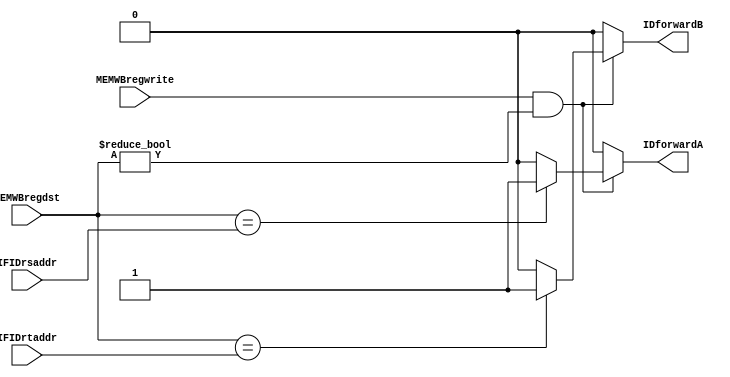
module IDForwarding
(
	IFIDrsaddr,
	IFIDrtaddr,
	MEMWBregwrite,
	MEMWBregdst,
	IDforwardA,
	IDforwardB
);

input [4:0] IFIDrsaddr, IFIDrtaddr, MEMWBregdst;
input MEMWBregwrite;

output reg IDforwardA, IDforwardB;

always@(*) begin
	IDforwardA = 0;
	IDforwardB = 0;
	if (MEMWBregwrite && (MEMWBregdst != 5'b0)) begin
		if (MEMWBregdst == IFIDrsaddr) begin
			IDforwardA = 1;
		end
		if (MEMWBregdst == IFIDrtaddr) begin
			IDforwardB = 1;
		end
	end
end

endmodule